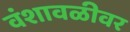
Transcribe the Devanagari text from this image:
वंशावळीवर